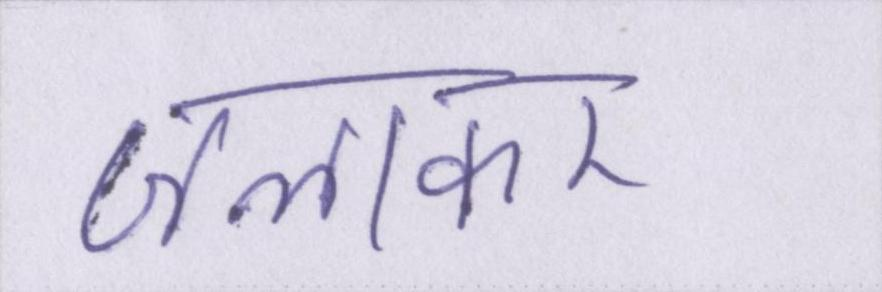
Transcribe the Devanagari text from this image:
जलाकर